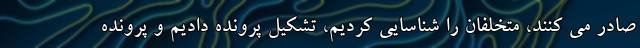
صادر می کنند، متخلفان را شناسایی کردیم، تشکیل پرونده دادیم و پرونده